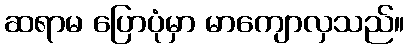
ဆရာမ ပြောပုံမှာ မာကျောလှသည်။